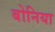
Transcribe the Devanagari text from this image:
बोनिया